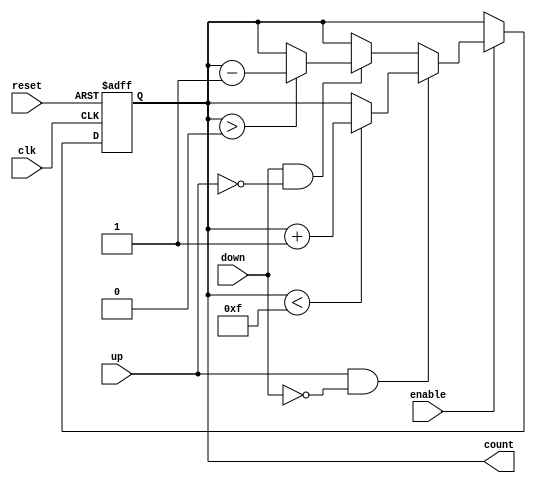
module UpDownCounter (
    input wire clk,            // Clock signal
    input wire reset,          // Asynchronous reset
    input wire enable,         // Count enable
    input wire up,            // Count up control signal
    input wire down,          // Count down control signal
    output reg [3:0] count    // 4-bit counter output
);

    // Define maximum count value
    localparam MAX_COUNT = 4'b1111; // 15 for a 4-bit counter

    // Asynchronous reset and counting logic
    always @(posedge clk or posedge reset) begin
        if (reset) begin
            count <= 4'b0000; // Reset count to 0
        end else if (enable) begin
            if (up && !down) begin
                // Count up
                if (count < MAX_COUNT) begin
                    count <= count + 1;
                end
            end else if (down && !up) begin
                // Count down
                if (count > 0) begin
                    count <= count - 1;
                end
            end
            // If neither up nor down is asserted, retain current value
        end
    end

endmodule